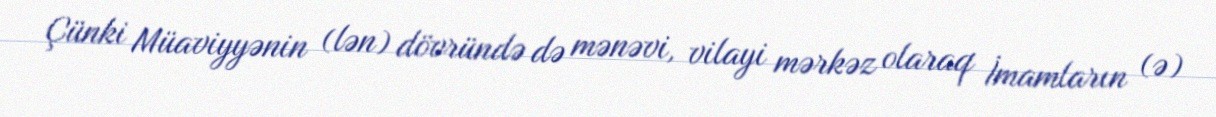
Çünki Müaviyyənin (lən) dövründə də mənəvi, vilayi mərkəz olaraq İmamların (ə)